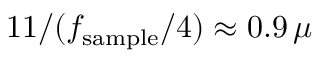
1 1 / ( f _ { \mathrm { s a m p l e } } / 4 ) \approx 0 . 9 \, \mu